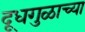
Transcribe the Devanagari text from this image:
दूधगुळाच्या